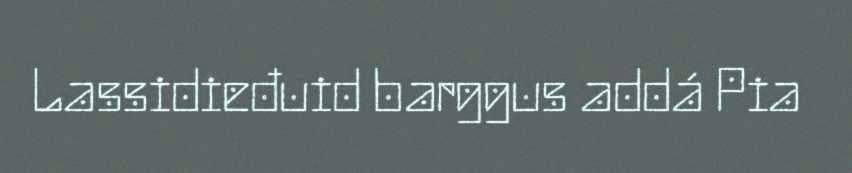
Lassidieđuid barggus addá Pia